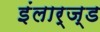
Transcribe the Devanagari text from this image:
इंलार्ज्ड